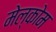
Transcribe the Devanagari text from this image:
मेल्कोम